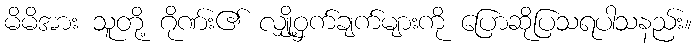
မိမိအား သူတို့ ဂိုဏ်း၏ လျှို့ဝှက်ချက်များကို ပြောဆိုပြသရပါသနည်း။